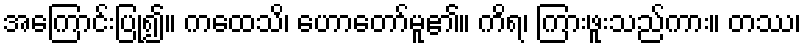
အကြောင်းပြု၍။ ကထေသိ၊ ဟောတော်မူ၏။ ကိရ၊ ကြားဖူးသည်ကား။ တဿ၊